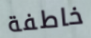
خاطفة